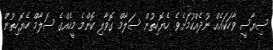
ސިޔާސީ ވާހަކައެއް ނުދެއްކުމަށެވެ. ހެޔޮހިތުން ސަލާމް ގޮވާލި ކޮންމެ މީހެއްގެ ސަލާމް ހެޔޮހިތުން